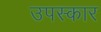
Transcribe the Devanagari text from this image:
उपस्‍कार